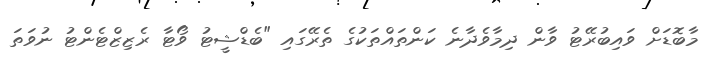
މާބޮޑަށް ވައިބުރޭޓު ވާން ދިމާވެދާނެ ކަންތައްތަކުގެ ތެރޭގައި "ބެޑްޝީޓު ވޯޓާ ރެޒިޒްޓެންޓު ނުވަތަ